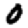
Digit: 0